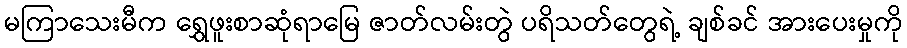
မကြာသေးမီက ရွှေဖူးစာဆုံရာမြေ ဇာတ်လမ်းတွဲ ပရိသတ်တွေရဲ့ ချစ်ခင် အားပေးမှုကို